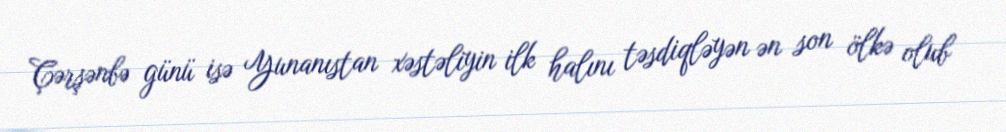
Çərşənbə günü isə Yunanıstan xəstəliyin ilk halını təsdiqləyən ən son ölkə olub